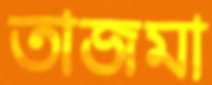
তাজমা